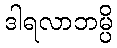
ဒါရလာဘမ္ပိ